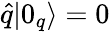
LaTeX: \hat{q}|0_{q}\rangle=0